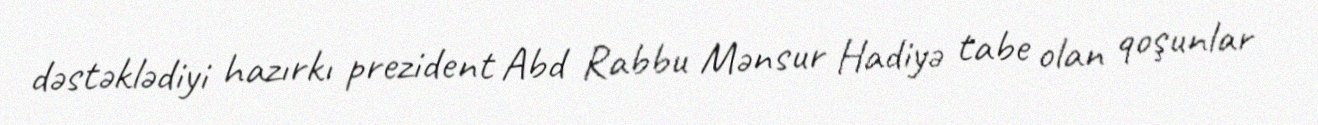
dəstəklədiyi hazırkı prezident Abd Rabbu Mənsur Hadiyə tabe olan qoşunlar